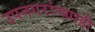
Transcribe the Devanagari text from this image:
उपनगरांच्याही